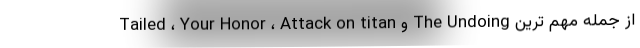
Tailed ، Your Honor ، Attack on titan و The Undoing از جمله مهم ترین